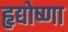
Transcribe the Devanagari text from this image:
हृद्योष्णा